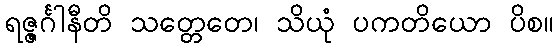
ရဇ္ဇင်္ဂါနီတိ သတ္တေတေ၊ သိယုံ ပကတိယော ပိစ။